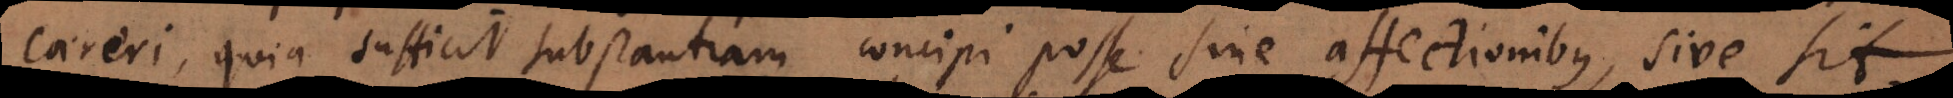
careri, quia sufficit substantiam concipi posse sine affectionibus, sive sit